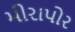
મીરાપોર